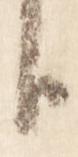
臣